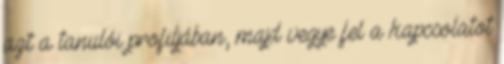
azt a tanulói profiljában, majd vegye fel a kapcsolatot